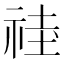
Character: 𱵍